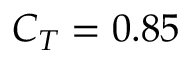
C _ { T } = 0 . 8 5